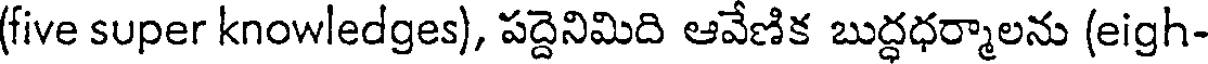
(five super knowledges), పద్దెనిమిది ఆవేణిక బుద్ధధర్మాలను (eigh-